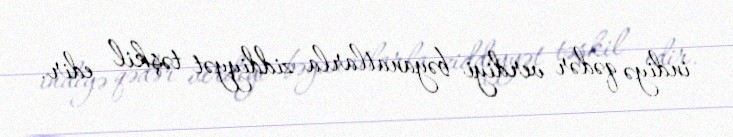
indiyə qədər verdiyi bəyanatlarla ziddiyyət təşkil edir.